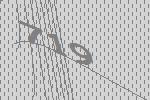
719